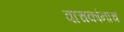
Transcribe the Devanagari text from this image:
वाचकांनाच